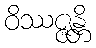
ဝိဿဇ္ဇန္တိ